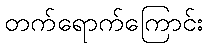
တက်ရောက်ကြောင်း